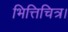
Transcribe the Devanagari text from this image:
भित्तिचित्र।